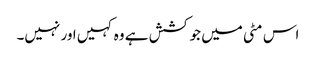
اس مٹی میں جو کشش ہے وہ کہیں اور نہیں۔